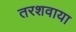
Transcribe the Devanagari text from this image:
तरशवाया